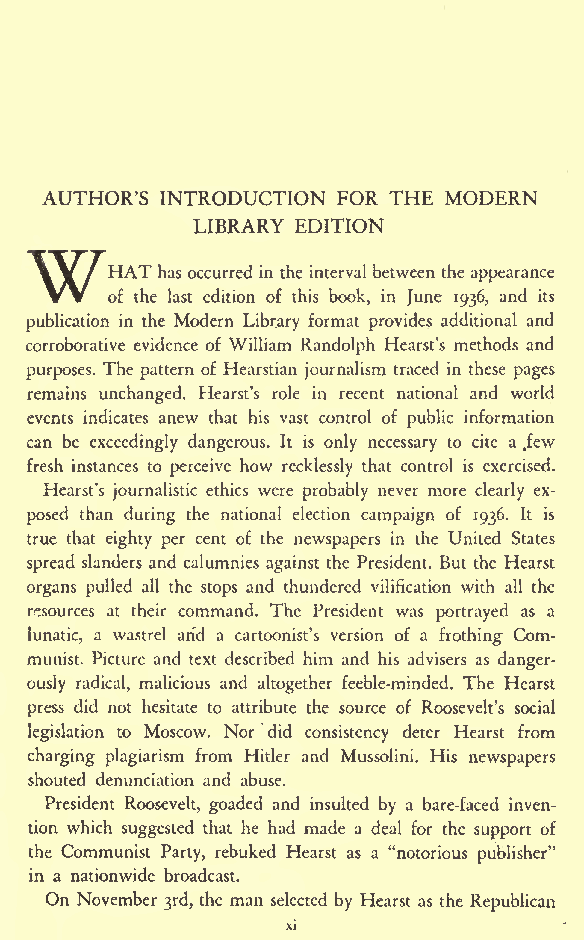
AUTHOR'S INTRODUCTION FOR THE MODERN
 LIBRARY EDITION
 WHAT    has occurred in the interval between the appearance
 of the last edition of this book, in June 1936, and its
 publication in the Modern Library format provides additional and
 corroborative evidence of William Randolph Hearst's methods and
 purposes. The pattern of Hearstian journalism traced in these pages
 remains unchanged. Hearst's role in recent national and world
 events indicates anew that his vast control of public information
 can be exceedingly dangerous. It is only necessary to cite a .few
 fresh instances to perceive how recklessly that control is exercised.
 Hearst's journalistic ethics were probably never more clearly ex-
 posed than during the national election campaign of 1936. It is
 true that eighty per cent of the newspapers in the United States
 spread slanders and calumnies against the President. But the Hearst
 organs pulled all the stops and thundered vilification with all the
 resources at their command. The President was portrayed as a
 lunatic, a wastrel arid a cartoonist's version of a frothing Com-
 munist. Picture and text described him and his advisers as danger-
 ously radical, malicious and altogether feeble-minded. The Hearst
 press did not hesitate to attribute the source of Roosevelt's social
 legislation to Moscow. Nor did consistency deter Hearst from
 charging plagiarism from Hitler and Mussolini. His newspapers
 shouted denunciation and abuse.
 President Roosevelt, goaded and insulted by a bare-faced inven-
 tion which suggested that he had made a deal for the support of
 the Communist Party, rebuked Hearst as a "notorious publisher"
 in a nationwide broadcast.
 On November 3rd, the man selected by Hearst as the Republican